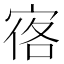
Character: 𪧒